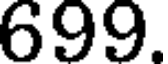
699.